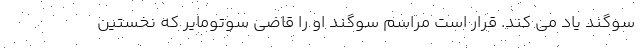
سوگند یاد می کند. قرار است مراسم سوگند او را قاضی سوتومایر که نخستین